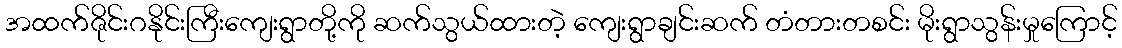
အထက်ဇိုင်းဂနိုင်းကြီးကျေးရွာတို့ကို ဆက်သွယ်ထားတဲ့ ကျေးရွာချင်းဆက် တံတားတစင်း မိုးရွာသွန်းမှုကြောင့်